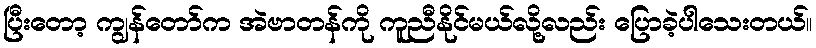
ပြီးတော့ ကျွန်တော်က အဲဗာတန်ကို ကူညီနိုင်မယ်လို့လည်း ပြောခဲ့ပါသေးတယ်။